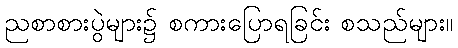
ညစာစားပွဲများ၌ စကားပြောရခြင်း စသည်များ။